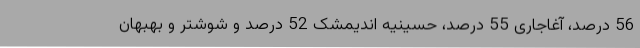
56 درصد، آغاجاری 55 درصد، حسینیه اندیمشک 52 درصد و شوشتر و بهبهان